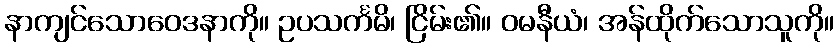
နာကျင်သောဝေဒနာကို။ ဥပသင်္ကမိ၊ ငြိမ်း၏။ ဝမနီယံ၊ အန်ထိုက်သောသူကို။